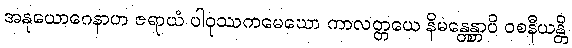
အနုယောဂေနာဟ ဇရာယံ ပါဝုဿကမေဃော ကာလတ္တယေ နိမန္တေန္တာပိ ဝစနီယန္တိ